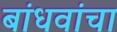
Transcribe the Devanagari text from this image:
बांधवांचा